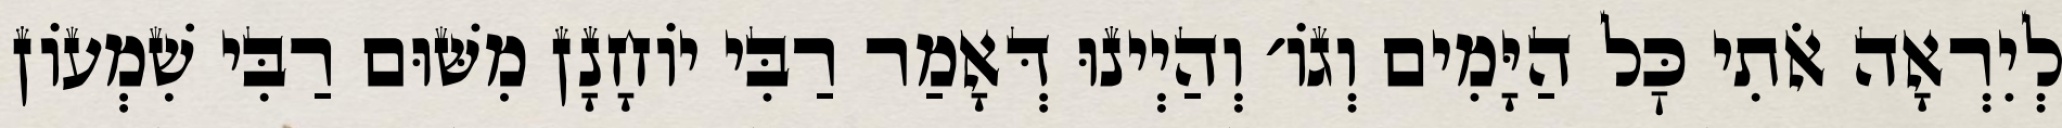
לְיִרְאָה אֹתִי כׇּל הַיָּמִים וְגוֹ׳ וְהַיְינוּ דְּאָמַר רַבִּי יוֹחָנָן מִשּׁוּם רַבִּי שִׁמְעוֹן